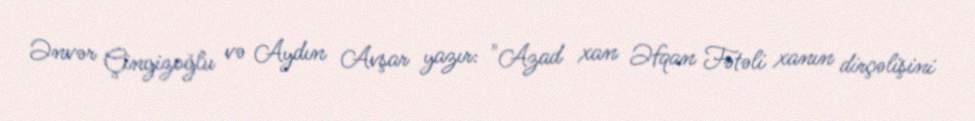
Ənvər Çingizoğlu və Aydın Avşar yazır: "Azad xan Əfqan Fətəli xanın dirçəlişini